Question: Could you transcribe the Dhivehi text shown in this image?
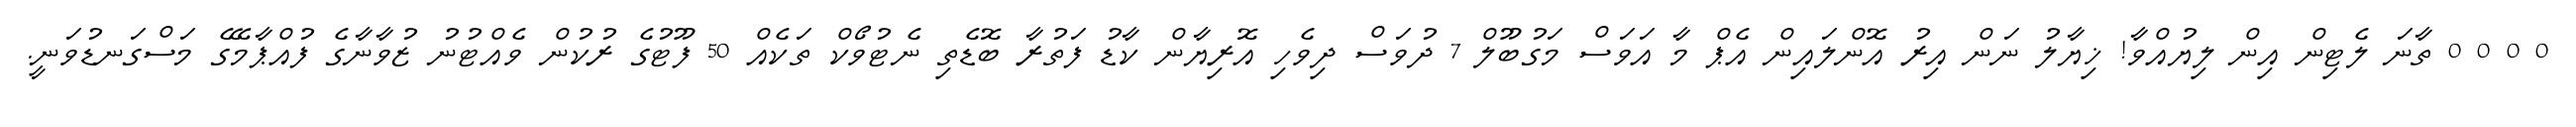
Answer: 0 0 0 0 ތާނަ ލެޓިން އިން ލިޔުއްވާ! ޚިޔާލު ނަން އިރު އޮންލައިން އެޕް މާ އަވަސް މަގުބޫލް 7 ދުވަސް ދިވެހި އޮރިޔާން ކާޑު ފަތުރާ ބޮޑެތި ނެޓުވޯކް ތަކެއް 50 ފޫޓުގެ ރުކުން ވެއްޓުނު ޒުވާނާގެ ފުއްޕާމޭގެ މަސްގަނޑުވަނީ.